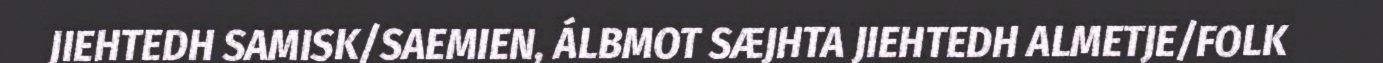
JIEHTEDH SAMISK/SAEMIEN, ÁLBMOT SÆJHTA JIEHTEDH ALMETJE/FOLK